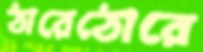
ঠারেঠোরে